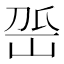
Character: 𡶳